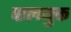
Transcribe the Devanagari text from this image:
पालयुक्त